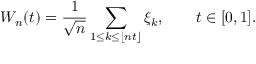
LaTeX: W _ { n } ( t ) = { \frac { 1 } { \sqrt { n } } } \sum _ { 1 \leq k \leq \lfloor n t \rfloor } \xi _ { k } , \qquad t \in [ 0 , 1 ] .